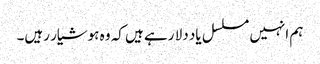
ہم انہیں مسلسل یاد دلا رہے ہیں کہ وہ ہوشیار رہیں۔